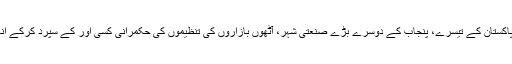
ایسی صورت میں وہ ریڑھ کی ہڈی کی حیثیت رکھنے والے پاکستان کے تیسرے، پنجاب کے دوسرے بڑے صنعتی شہر، آٹھوں بازاروں کی تنظیموں کی حکمرانی کسی اور کے سپرد کرکے انہیں گائیڈ لائن دیتے تو شاید ایک آواز پر پورا شہر جام ہوجاتا۔